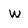
Character: w